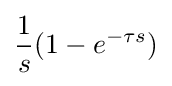
{\frac {1}{s}}(1-e^{-\tau s})